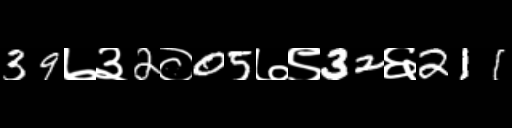
Text: 39७३2०05७९32६211